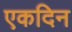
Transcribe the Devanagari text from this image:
एकदिन